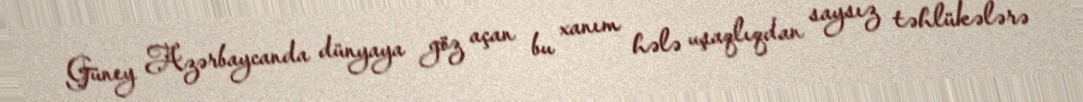
Güney Azərbaycanda dünyaya göz açan bu xanım hələ uşaqlıqdan saysız təhlükələrə